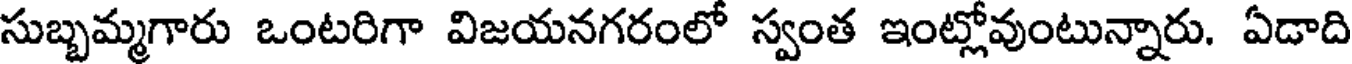
సుబ్బమ్మగారు ఒంటరిగా విజయనగరంలో స్వంత ఇంట్లోవుంటున్నారు. ఏడాది